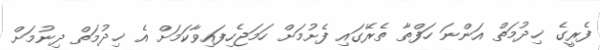
ފެރީގެ ޚިދުމަތް އަންނަ ހަފްތާ ތެރޭގައި ފެށުމަށް ހަމަޖެހިފައިވާކަމަށް އެ ޚިދުމަތް ދިނުމަށް